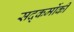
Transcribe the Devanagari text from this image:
सद्कर्मोकी